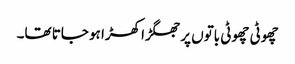
چھوٹی چھوٹی باتوں پر جھگڑا کھڑا ہو جاتا تھا۔